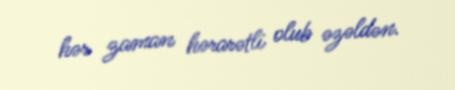
hər zaman hərarətli olub əzəldən.